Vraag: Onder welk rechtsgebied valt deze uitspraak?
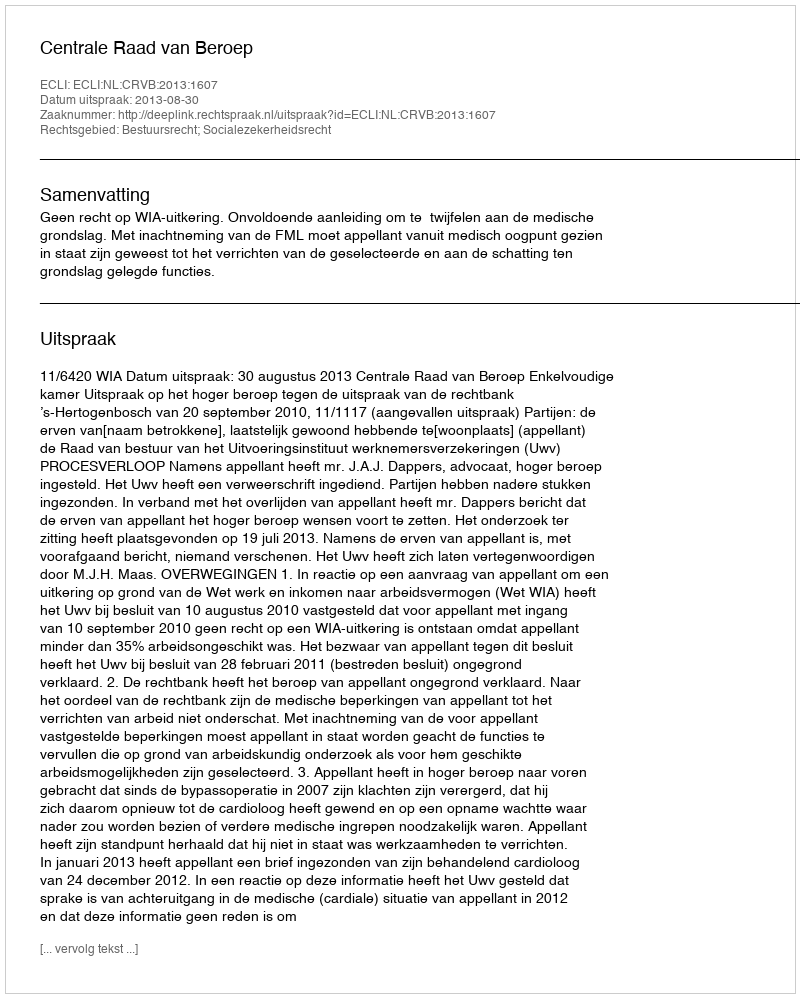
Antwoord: Bestuursrecht; Socialezekerheidsrecht